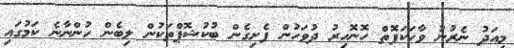
މިއަދު ނެރުނު ވާހަކަފޮތް ހޮނޮހިރު ދުވަހުން ފެށިގެން ބުކުޝޮޕްތަކުން ލިބެން ހުންނާނެ ކަމުގައި